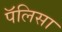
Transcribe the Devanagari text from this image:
पॅलिसा